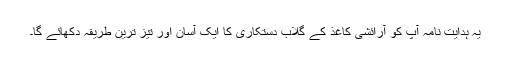
یہ ہدایت نامہ آپ کو آرائشی کاغذ کے گلاب دستکاری کا ایک آسان اور تیز ترین طریقہ دکھائے گا۔